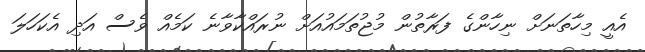
އެއީ މިހާތަނަށް ނިހާންގެ ފަރާތުން މުޖުތަމައުއަށް ނުރައްކާވާނެ ކަމެއް ވެސް އަދި އެކަހަލަ